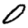
Digit: 0